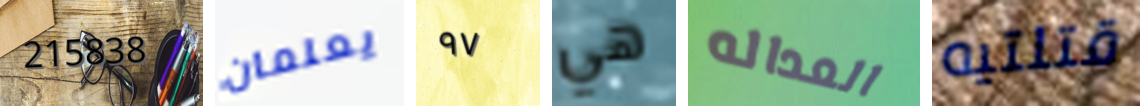
215838 يعلمان ٩٧ هي العداله قتلتيه